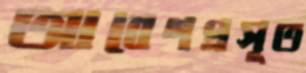
আবেগপ্রসূত